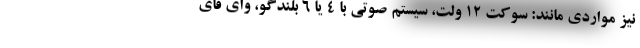
نیز مواردی مانند: سوکت 12 ولت، سیستم صوتی با 4 یا 6 بلندگو، وای فای